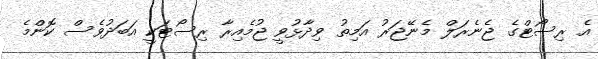
އެ ރިސޯޓްގެ ޖެނެރަލް މެނޭޖަރު އަމިތު ވިދާޅުވީ ޖުމެއިރާ ރިސޯޓަކީ އަބަދުވެސް ކޮންމެ